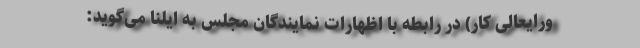
ورایعالی کار) در رابطه با اظهارات نمایندگان مجلس به ایلنا می‌گوید: